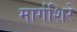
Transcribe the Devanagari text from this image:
मार्गशिरे